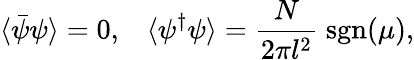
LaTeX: \langle\bar{\psi}\psi\rangle=0,\; \; \; \langle\psi^{\dagger}\psi\rangle=\frac{N}{2\pi l^{2}}\; \mathrm{sgn}(\mu),